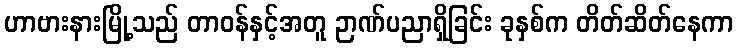
ဟာဗားနားမြို့သည် တာဝန်နှင့်အတူ ဉာဏ်ပညာရှိခြင်း ခုနှစ်က တိတ်ဆိတ်နေကာ